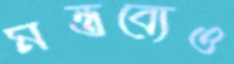
মন্তব্যেও